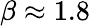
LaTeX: \beta\approx 1.8